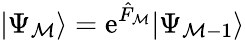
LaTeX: |\Psi_{\mathcal{M}}\rangle=\mathrm{{e}}^{\hat{{F}}_{\mathcal{M}}}|\Psi_{\mathcal{M}-1}\rangle